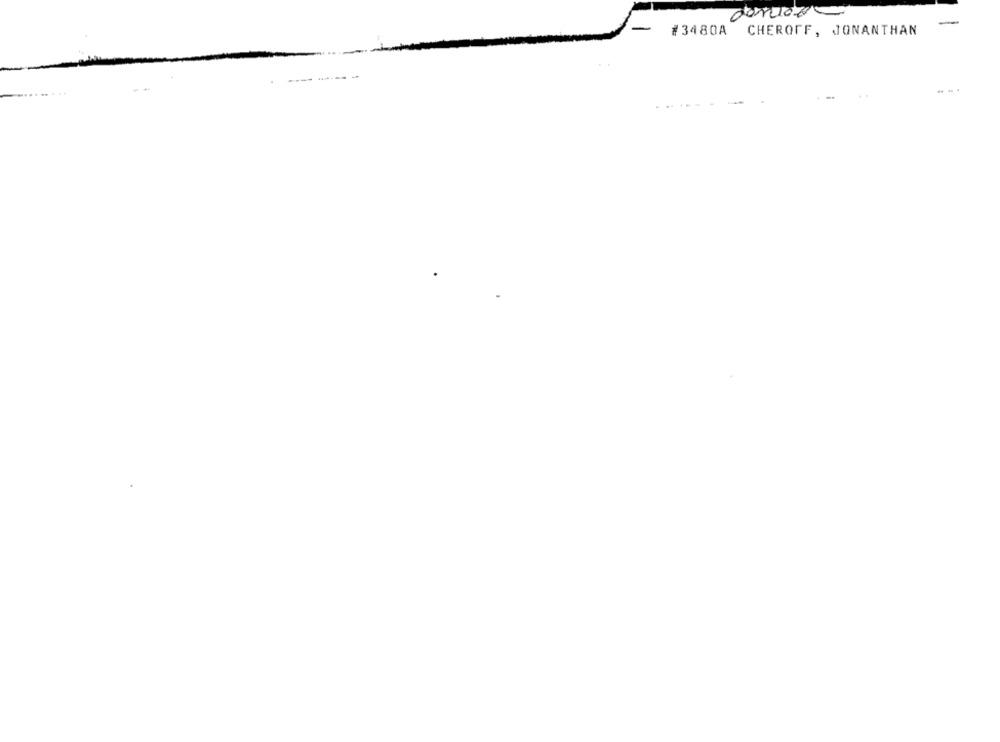
-
#3480A CHEROFF, JONANTHAN